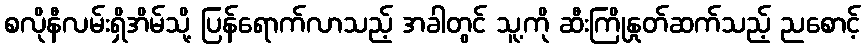
စလိုနီလမ်းရှိအိမ်သို့ ပြန်ရောက်လာသည့် အခါတွင် သူ့ကို ဆီးကြိုနှုတ်ဆက်သည့် ညစောင့်